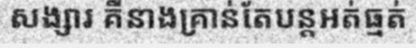
សង្សារ គឺនាងគ្រាន់តែបន្តអត់ធ្មត់